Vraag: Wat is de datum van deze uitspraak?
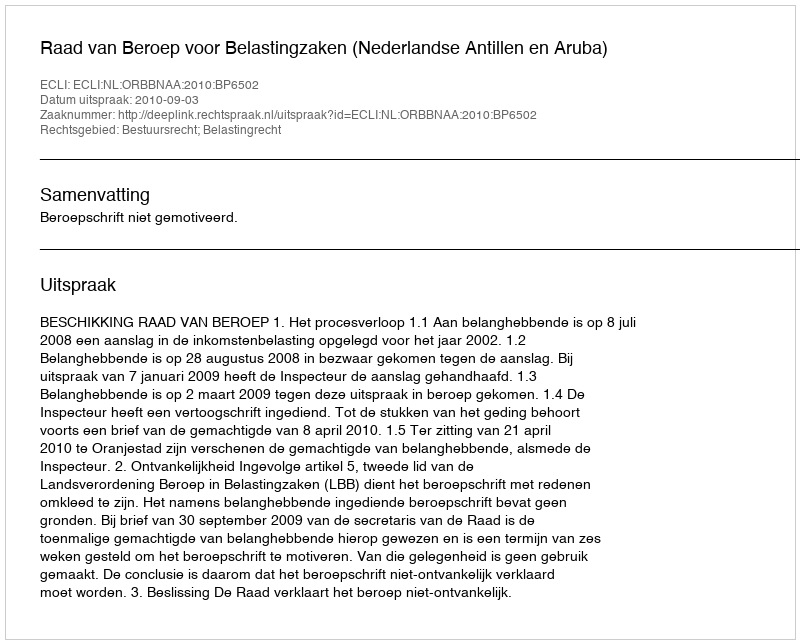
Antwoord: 2010-09-03